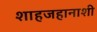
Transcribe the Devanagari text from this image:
शाहजहानाशी